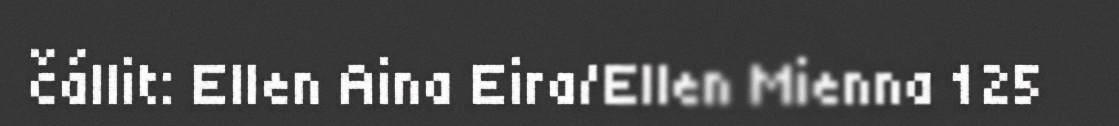
čállit: Ellen Aina Eira/Ellen Mienna 125